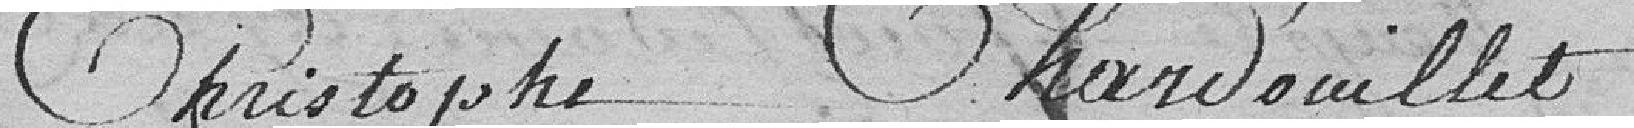
Christophe Chardouillet